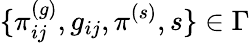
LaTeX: \{ \pi_{ij}^{(g)},g_{ij},\pi^{(s)},s\} \in\Gamma